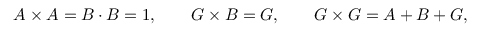
A \times A = B \cdot B = 1 , \quad \quad G \times B = G , \quad \quad G \times G = A + B + G ,